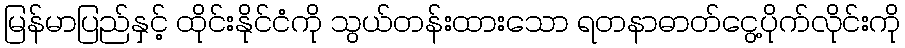
မြန်မာပြည်နှင့် ထိုင်းနိုင်ငံကို သွယ်တန်းထားသော ရတနာဓာတ်ငွေ့ပိုက်လိုင်းကို